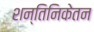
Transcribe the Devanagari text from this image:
शन्तिनिकेतन